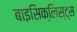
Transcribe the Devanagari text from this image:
बाइसिक्लिस्ट्स